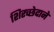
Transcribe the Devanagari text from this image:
शिरच्छेदाने